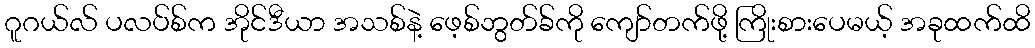
ဂူဂယ်လ် ပလပ်စ်က အိုင်ဒီယာ အသစ်နဲ့ ဖေ့စ်ဘွတ်ခ်ကို ကျော်တက်ဖို့ ကြိုးစားပေမယ့် အခုထက်ထိ